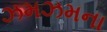
ઝમઝમના